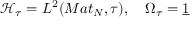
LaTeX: \mathcal { H } _ { \tau } = L ^ { 2 } ( M a t _ { N } , \tau ) , \quad \Omega _ { \tau } = \underline { { { 1 } } }